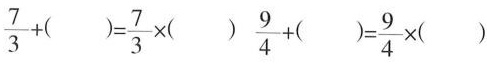
$$\frac { 7 } { 3 } + ( ) = \frac { 7 } { 3 } \times ( )$$ $$\frac { 9 } { 4 } + ( ) = \frac { 9 } { 4 } \times ( )$$